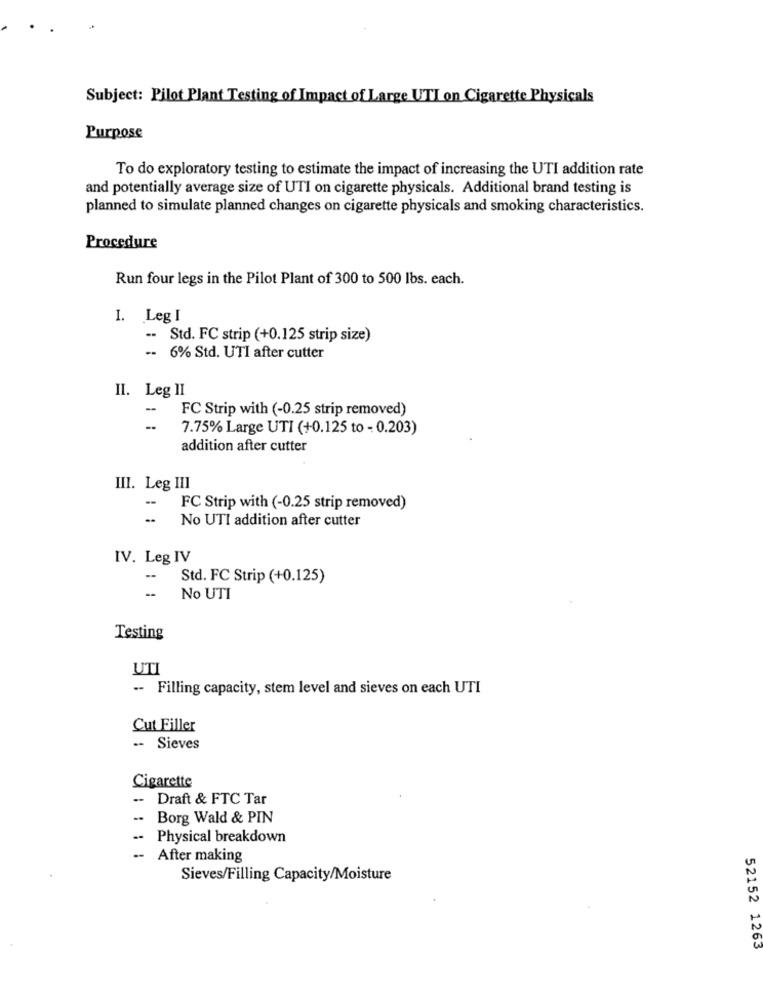
Subject: Pilot Plant Testing of Impact of Large UTIon Cigarette Physicals
Purpose
To do exploratory testing to estimate the impact of increasing the UTI addition rate
and potentially average size of UTI on cigarette physicals. Additional brand testing is
planned to simulate planned changes on cigarette physicals and smoking characteristics.
Procedure
Run four legs in the Pilot Plant of 300 to 500 lbs. each.
I. Leg I
-- Std. FC strip (+0.125 strip size)
- 6% Std. UTI after cutter
II. Leg II
-
FC Strip with (-0.25 strip removed)
7.75% Large UTI (+0.125 to - 0.203)
addition after cutter
III. Leg III
-
FC Strip with (-0.25 strip removed)
No UTI addition after cutter
IV. Leg IV
Std. FC Strip (+0.125)
--
No UTI
Testing
UTI
-- Filling capacity, stem level and sieves on each UTI
Cut Filler
-
Sieves
Cigarette
-
Draft & FTC Tar
.. Borg Wald & PIN
-
Physical breakdown
After making
Sieves/Filling Capacity/Moisture
52152 1263